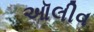
ઑલીવ